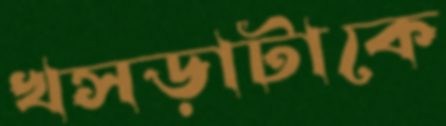
খসড়াটাকে